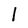
Character: I